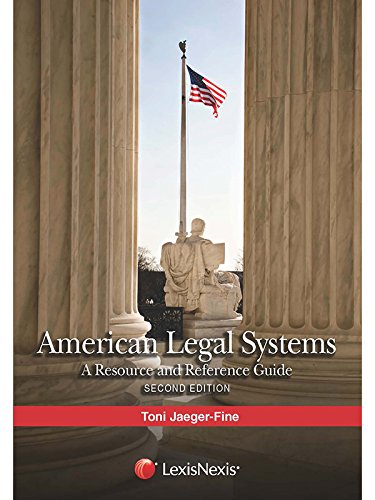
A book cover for American Legal Systems: A Resource and Reference Guide (2015); Toni Jaeger-Fine; Reference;